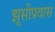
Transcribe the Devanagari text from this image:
झूसीप्रवास